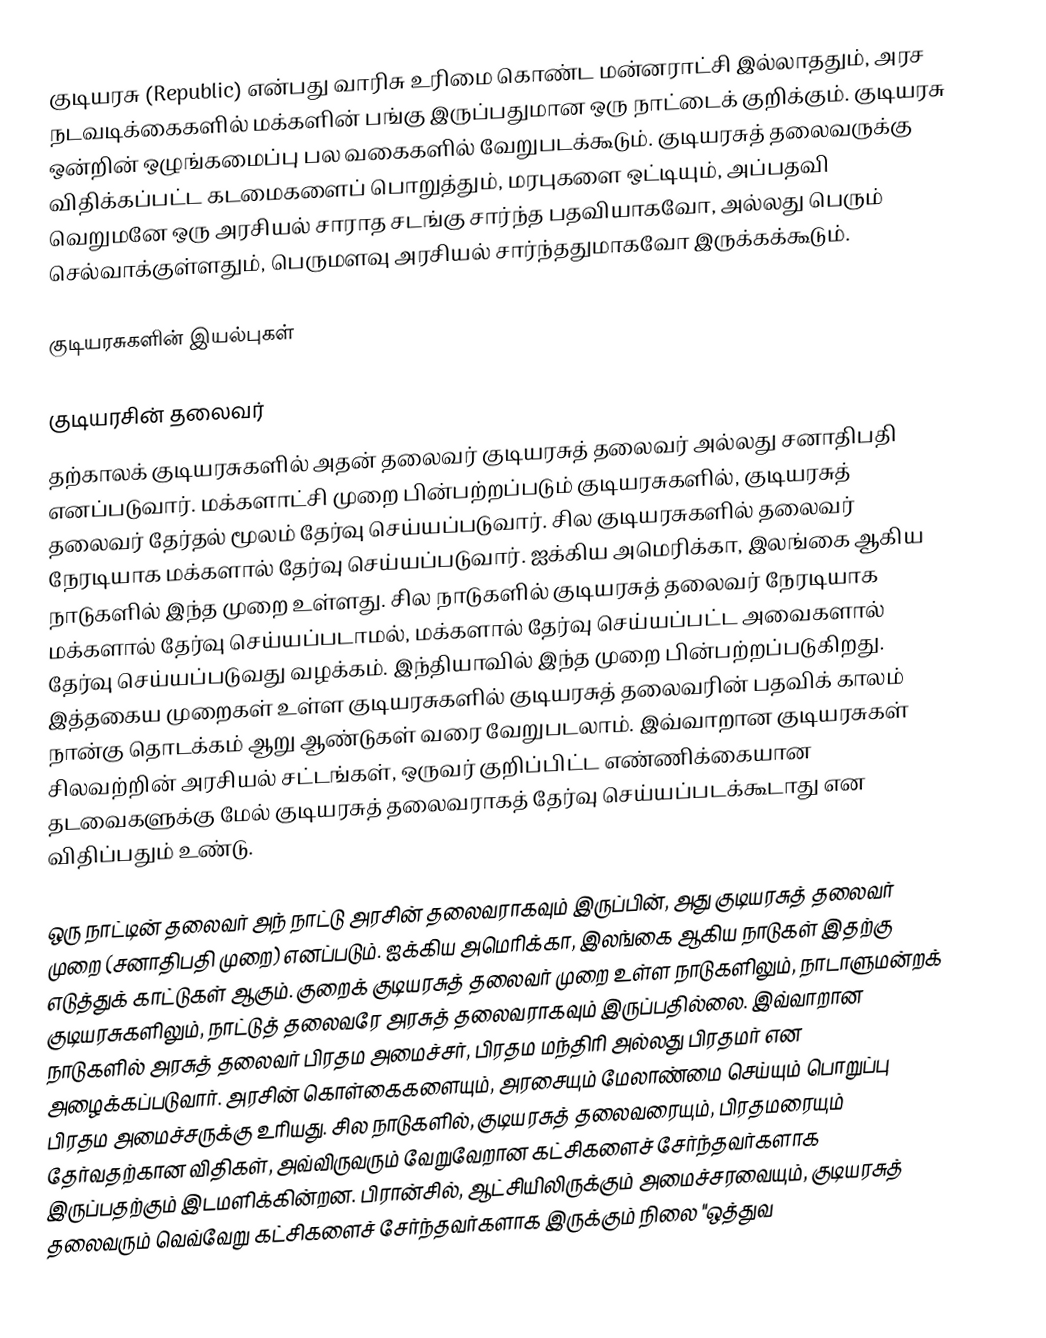
குடியரசு (Republic) என்பது வாரிசு உரிமை கொண்ட மன்னராட்சி இல்லாததும், அரச நடவடிக்கைகளில் மக்களின் பங்கு இருப்பதுமான ஒரு நாட்டைக் குறிக்கும். குடியரசு ஒன்றின் ஒழுங்கமைப்பு பல வகைகளில் வேறுபடக்கூடும். குடியரசுத் தலைவருக்கு விதிக்கப்பட்ட கடமைகளைப் பொறுத்தும், மரபுகளை ஒட்டியும், அப்பதவி வெறுமனே ஒரு அரசியல் சாராத சடங்கு சார்ந்த பதவியாகவோ, அல்லது பெரும் செல்வாக்குள்ளதும், பெருமளவு அரசியல் சார்ந்ததுமாகவோ இருக்கக்கூடும்.

குடியரசுகளின் இயல்புகள்

குடியரசின் தலைவர்
தற்காலக் குடியரசுகளில் அதன் தலைவர் குடியரசுத் தலைவர் அல்லது சனாதிபதி எனப்படுவார். மக்களாட்சி முறை பின்பற்றப்படும் குடியரசுகளில், குடியரசுத் தலைவர் தேர்தல் மூலம் தேர்வு செய்யப்படுவார். சில குடியரசுகளில் தலைவர் நேரடியாக மக்களால் தேர்வு செய்யப்படுவார். ஐக்கிய அமெரிக்கா, இலங்கை ஆகிய நாடுகளில் இந்த முறை உள்ளது. சில நாடுகளில் குடியரசுத் தலைவர் நேரடியாக மக்களால் தேர்வு செய்யப்படாமல், மக்களால் தேர்வு செய்யப்பட்ட அவைகளால் தேர்வு செய்யப்படுவது வழக்கம். இந்தியாவில் இந்த முறை பின்பற்றப்படுகிறது. இத்தகைய முறைகள் உள்ள குடியரசுகளில் குடியரசுத் தலைவரின் பதவிக் காலம் நான்கு தொடக்கம் ஆறு ஆண்டுகள் வரை வேறுபடலாம். இவ்வாறான குடியரசுகள் சிலவற்றின் அரசியல் சட்டங்கள், ஒருவர் குறிப்பிட்ட எண்ணிக்கையான தடவைகளுக்கு மேல் குடியரசுத் தலைவராகத் தேர்வு செய்யப்படக்கூடாது என விதிப்பதும் உண்டு.

ஒரு நாட்டின் தலைவர் அந் நாட்டு அரசின் தலைவராகவும் இருப்பின், அது குடியரசுத் தலைவர் முறை (சனாதிபதி முறை) எனப்படும். ஐக்கிய அமெரிக்கா, இலங்கை ஆகிய நாடுகள் இதற்கு எடுத்துக் காட்டுகள் ஆகும். குறைக் குடியரசுத் தலைவர் முறை உள்ள நாடுகளிலும், நாடாளுமன்றக் குடியரசுகளிலும், நாட்டுத் தலைவரே அரசுத் தலைவராகவும் இருப்பதில்லை. இவ்வாறான நாடுகளில் அரசுத் தலைவர் பிரதம அமைச்சர், பிரதம மந்திரி அல்லது பிரதமர் என அழைக்கப்படுவார். அரசின் கொள்கைகளையும், அரசையும் மேலாண்மை செய்யும் பொறுப்பு பிரதம அமைச்சருக்கு உரியது. சில நாடுகளில், குடியரசுத் தலைவரையும், பிரதமரையும் தேர்வதற்கான விதிகள், அவ்விருவரும் வேறுவேறான கட்சிகளைச் சேர்ந்தவர்களாக இருப்பதற்கும் இடமளிக்கின்றன. பிரான்சில், ஆட்சியிலிருக்கும் அமைச்சரவையும், குடியரசுத் தலைவரும் வெவ்வேறு கட்சிகளைச் சேர்ந்தவர்களாக இருக்கும் நிலை "ஒத்துவ